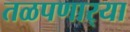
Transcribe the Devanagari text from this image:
तळपणार्‍या